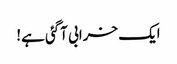
ایک خرابی آگئی ہے!